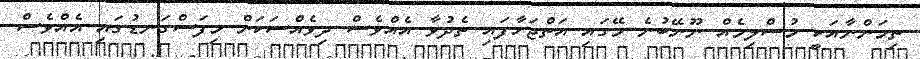
ތިމަންނާއަކީ މުސްލިމެއް ނޫނޭބުނެ މޭގައި އަތްޖަހާފައި ތެދުވާ އެއްވެސް ދިވެއްސަކަށް މިފަސްގަނޑުގައި އެއްވެސް